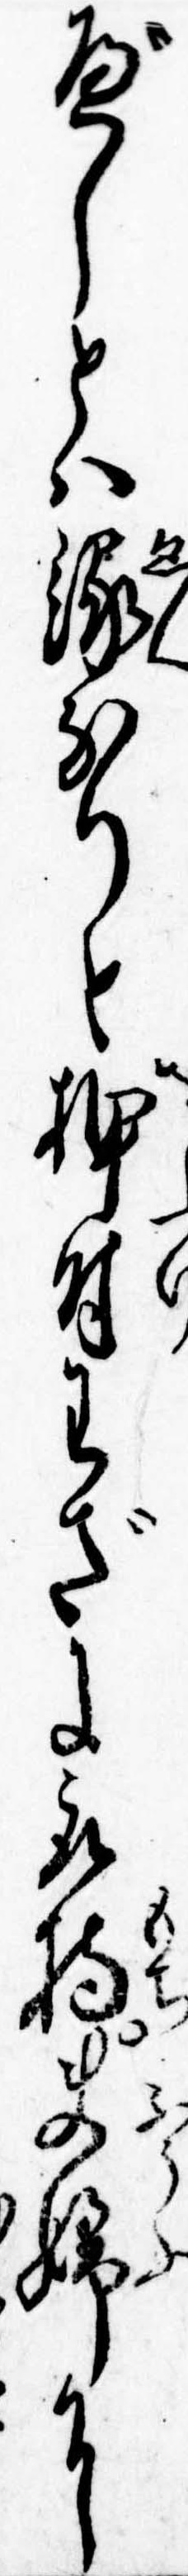
べしとは縁なりと押付わざに取持夫婦に